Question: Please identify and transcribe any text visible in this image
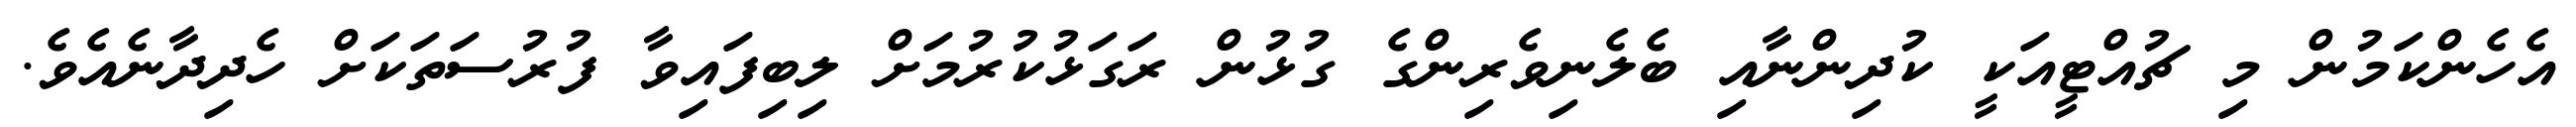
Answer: އެހެންކަމުން މި ޗުއްޓީއަކީ ކުދިންނާއި ބެލެނިވެރިންގެ ގުޅުން ރަގަޅުކުރުމަށް ލިބިފައިވާ ފުރުސަތަކަށް ހެދިދާނެއެވެ.